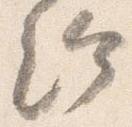
給